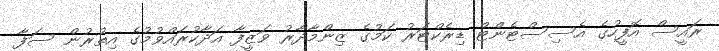
ރައީސް އޮފީހުގެ އެސިސްޓެންޓް ޑިރެކްޓަރު ކަމުގެ ޒިންމާދާރު ވަޒީފާ އަދާކުރައްވުމުގެ އިތުރުން ސަފާ